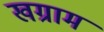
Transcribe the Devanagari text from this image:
खग्राम